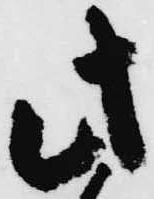
此